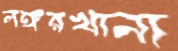
লঙ্গরখানা